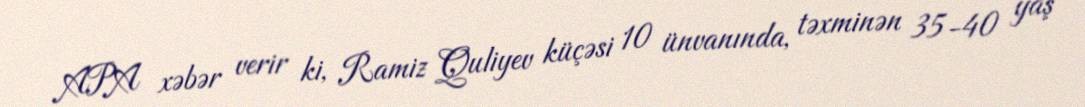
APA xəbər verir ki, Ramiz Quliyev küçəsi 10 ünvanında, təxminən 35-40 yaş